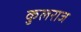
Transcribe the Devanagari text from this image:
कुलराज